Report of the Bombay Veterinary College
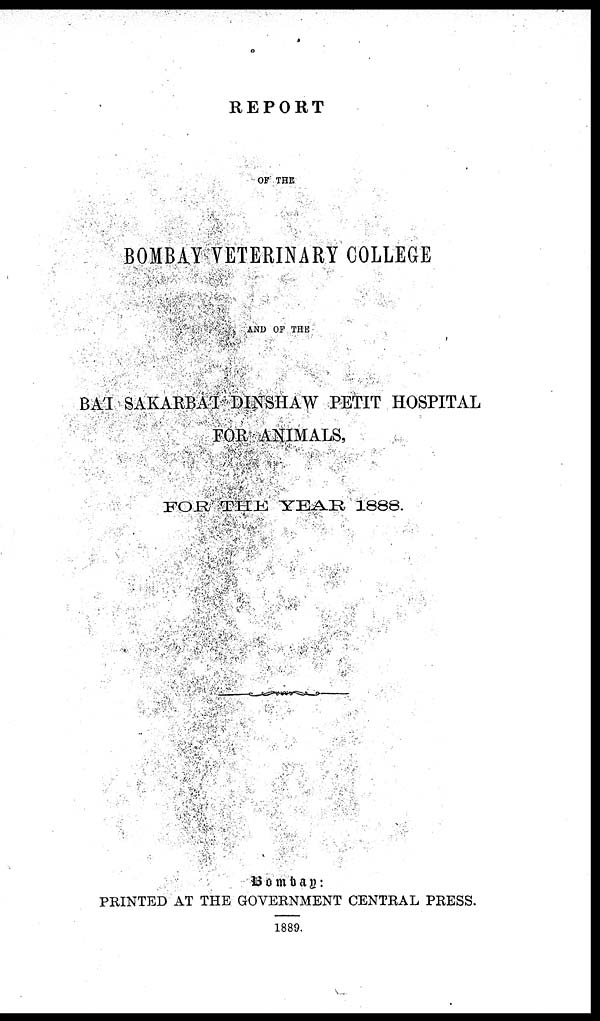
REPORT
OF THE
BOMBAY VETERINARY COLLEGE
AND OF THE
BAI SAKARBAI DINSHAW PETIT HOSPITAL
FOR ANIMALS,
FOR THE YEAR 1888.
Bombay:
PRINTED AT THE GOVERNMENT CENTRAL PRESS.
1889.